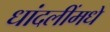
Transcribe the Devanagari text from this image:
धांदलींमधे